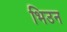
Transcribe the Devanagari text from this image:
भिउन